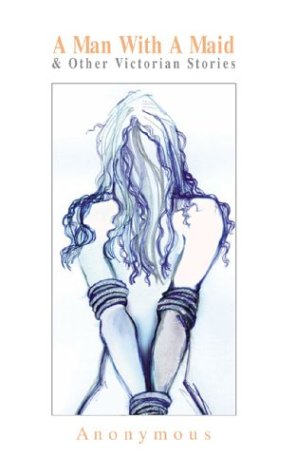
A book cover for Man with a Maid &  Other Victorian Stories; First Last; Romance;